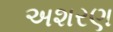
અશરણ